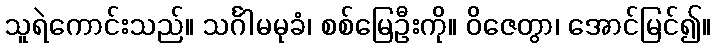
သူရဲကောင်းသည်။ သင်္ဂါမမုခံ၊ စစ်မြေဦးကို။ ဝိဇေတွာ၊ အောင်မြင်၍။